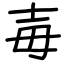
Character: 毐